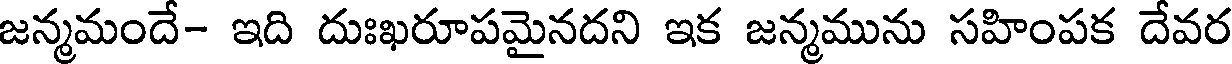
జన్మమందే- ఇది దుఃఖరూపమైనదని ఇక జన్మమును సహింపక దేవర